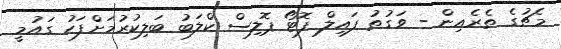
މެޗުގެ ތެރެއިން - ވަގުތު ފައިލް ފޮޓޯ ޕޮލިސް ކްލަބު ބަލިކުރުމަށްފަހު ގައުމީ